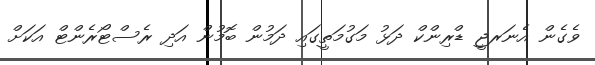
ވެގެން އެނަރޖީ ޑްރިންކް ދަޅު މަގުމަތީގައި ދަމުން ބޮމުން އަދި ރެސްޓޯރެންޓް އަކަށް